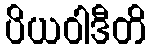
ပိယဝါဒီတိ